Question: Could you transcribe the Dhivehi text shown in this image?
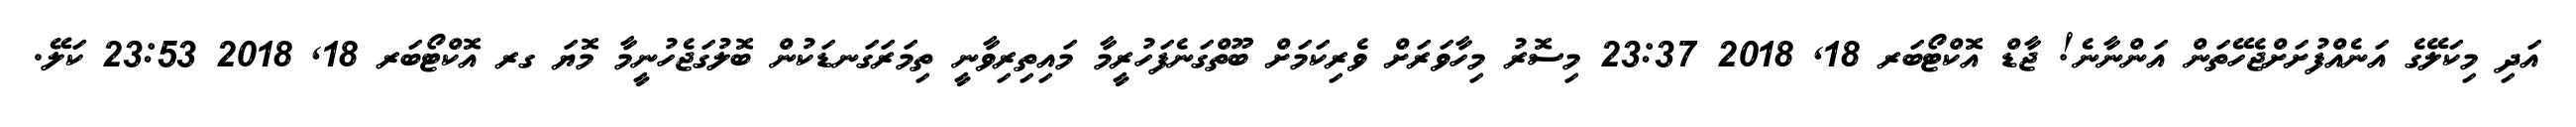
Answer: އަދި މިކަލޭގެ އަނެއްފުށަށްޖެހޭތަން އަންނާނެ! ޖާޑް އޮކްޓޯބަރ 18, 2018 23:37 މިސޮރު މިހާވަރަށް ވެރިކަމަށް ބޫތްގަނެފަހުރީމާ މައިތިރިވާނީ ތިމަރަގަނޑަކުން ބޮލުގަޖެހުނީމާ މޮޔަ ގރ އޮކްޓޯބަރ 18, 2018 23:53 ކަލޭ.